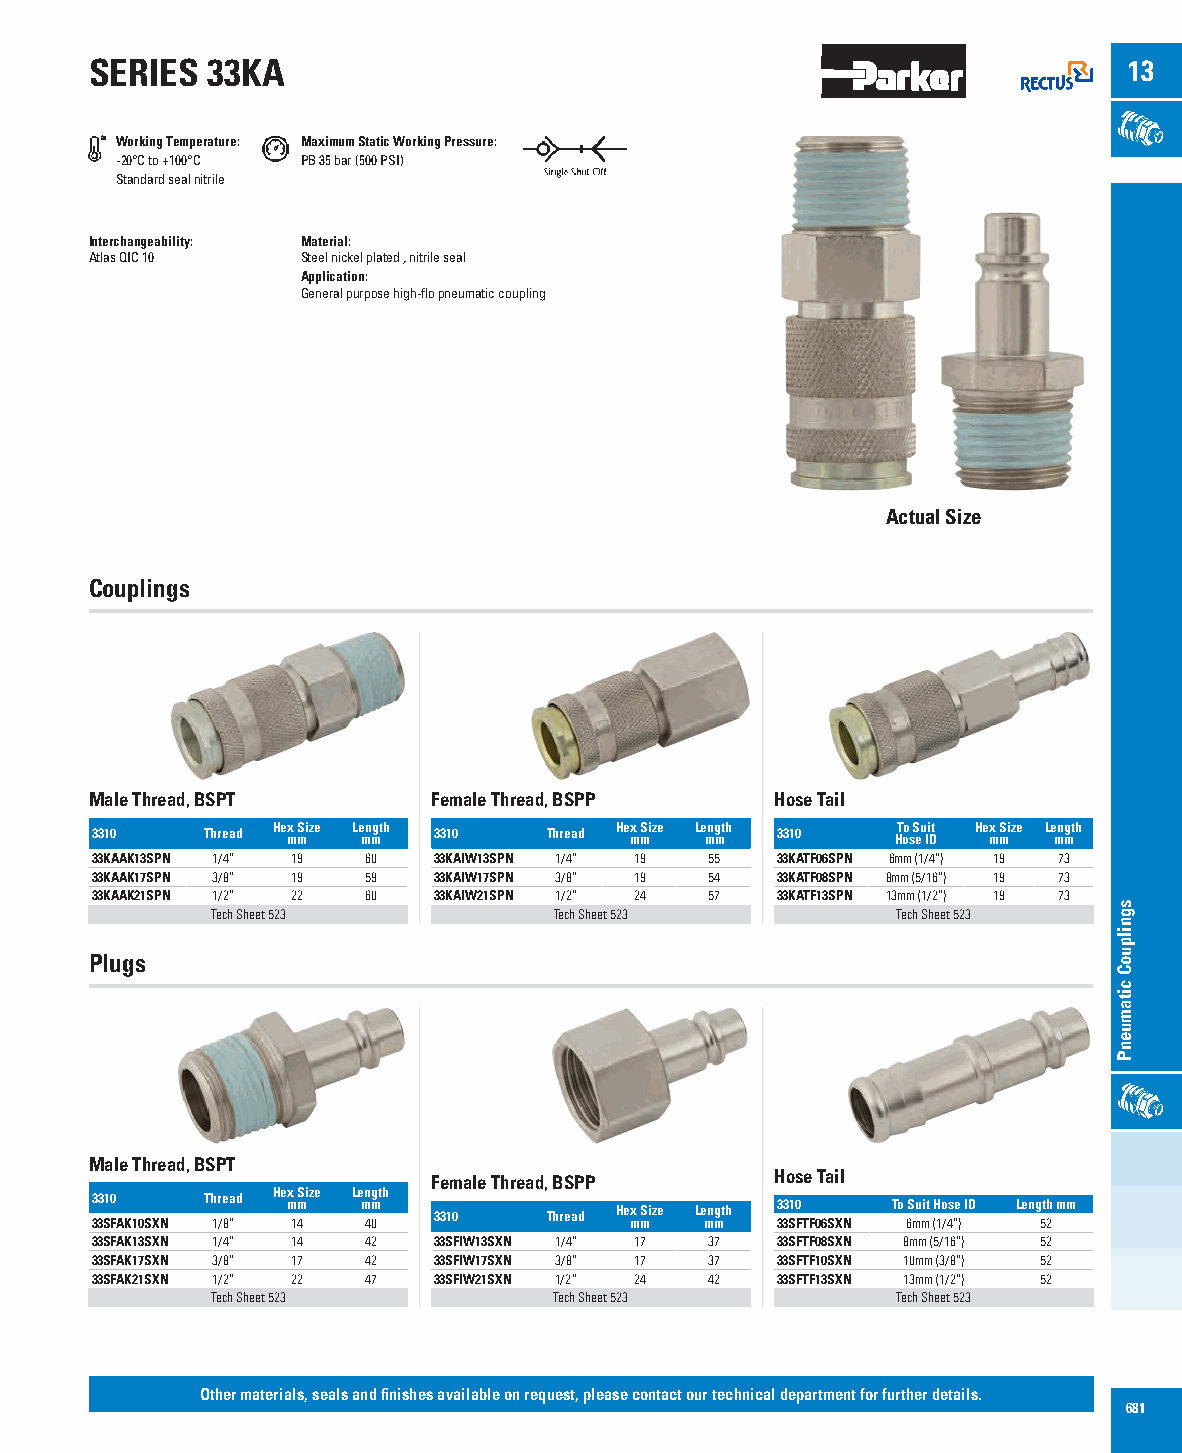
SERIES  33KA                                                         13
 Working Temperature: Maximum Static Working Pressure:
 -20°C to +100°C PB 35 bar (500 PSI)
 Standard seal nitrile
 Interchangeability: Material:
 Atlas QIC 10  Steel nickel plated , nitrile seal
 Application:
 General purpose high-flo pneumatic coupling
 Actual Size
 Couplings
 Male Thread, BSPT      Female Thread, BSPP   Hose Tail
 3310   Thread He mx mSize Le mn mgth 3310 Thread He mx mSize Le mng mth 3310 HT oo s S eu Ii Dt He mx mSize Le mn mgth
 33KAAK13SPN 1/4” 19 60 33KAIW13SPN 1/4” 19 55 33KATF06SPN 6mm (1/4”) 19 73
 33KAAK17SPN 3/8” 19 59 33KAIW17SPN 3/8” 19 54 33KATF08SPN 8mm (5/16”) 19 73
 33KAAK21SPN 1/2” 22 60 33KAIW21SPN 1/2” 24 57 33KATF13SPN 13mm (1/2”) 19 73
 Tech Sheet 523         Tech Sheet 523        Tech Sheet 523
 Plugs
 Male Thread, BSPT
 Female Thread, BSPP   Hose Tail
 Hex Size Length
 3310   Thread mm  mm               Hex Size Length 3310 To Suit Hose ID Length mm
 33SFAK10SXN 1/8” 14 40 3310   Thread mm  mm  33SFTF06SXN 6mm (1/4”) 52
 33SFAK13SXN 1/4” 14 42 33SFIW13SXN 1/4” 17 37 33SFTF08SXN 8mm (5/16”) 52
 33SFAK17SXN 3/8” 17 42 33SFIW17SXN 3/8” 17 37 33SFTF10SXN 10mm (3/8”) 52
 33SFAK21SXN 1/2” 22 47 33SFIW21SXN 1/2” 24 42 33SFTF13SXN 13mm (1/2”) 52
 Tech Sheet 523         Tech Sheet 523        Tech Sheet 523
 Other materials, seals and finishes available on request, please contact our technical department for further details.
 681
 sgnilpuoC
 citamuenP